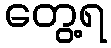
တွေ့ရ